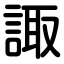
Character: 諏